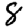
Digit: 8